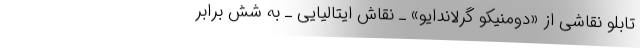
تابلو نقاشی از «دومنیکو گرلاندایو» ـ نقاش ایتالیایی ـ به شش برابر